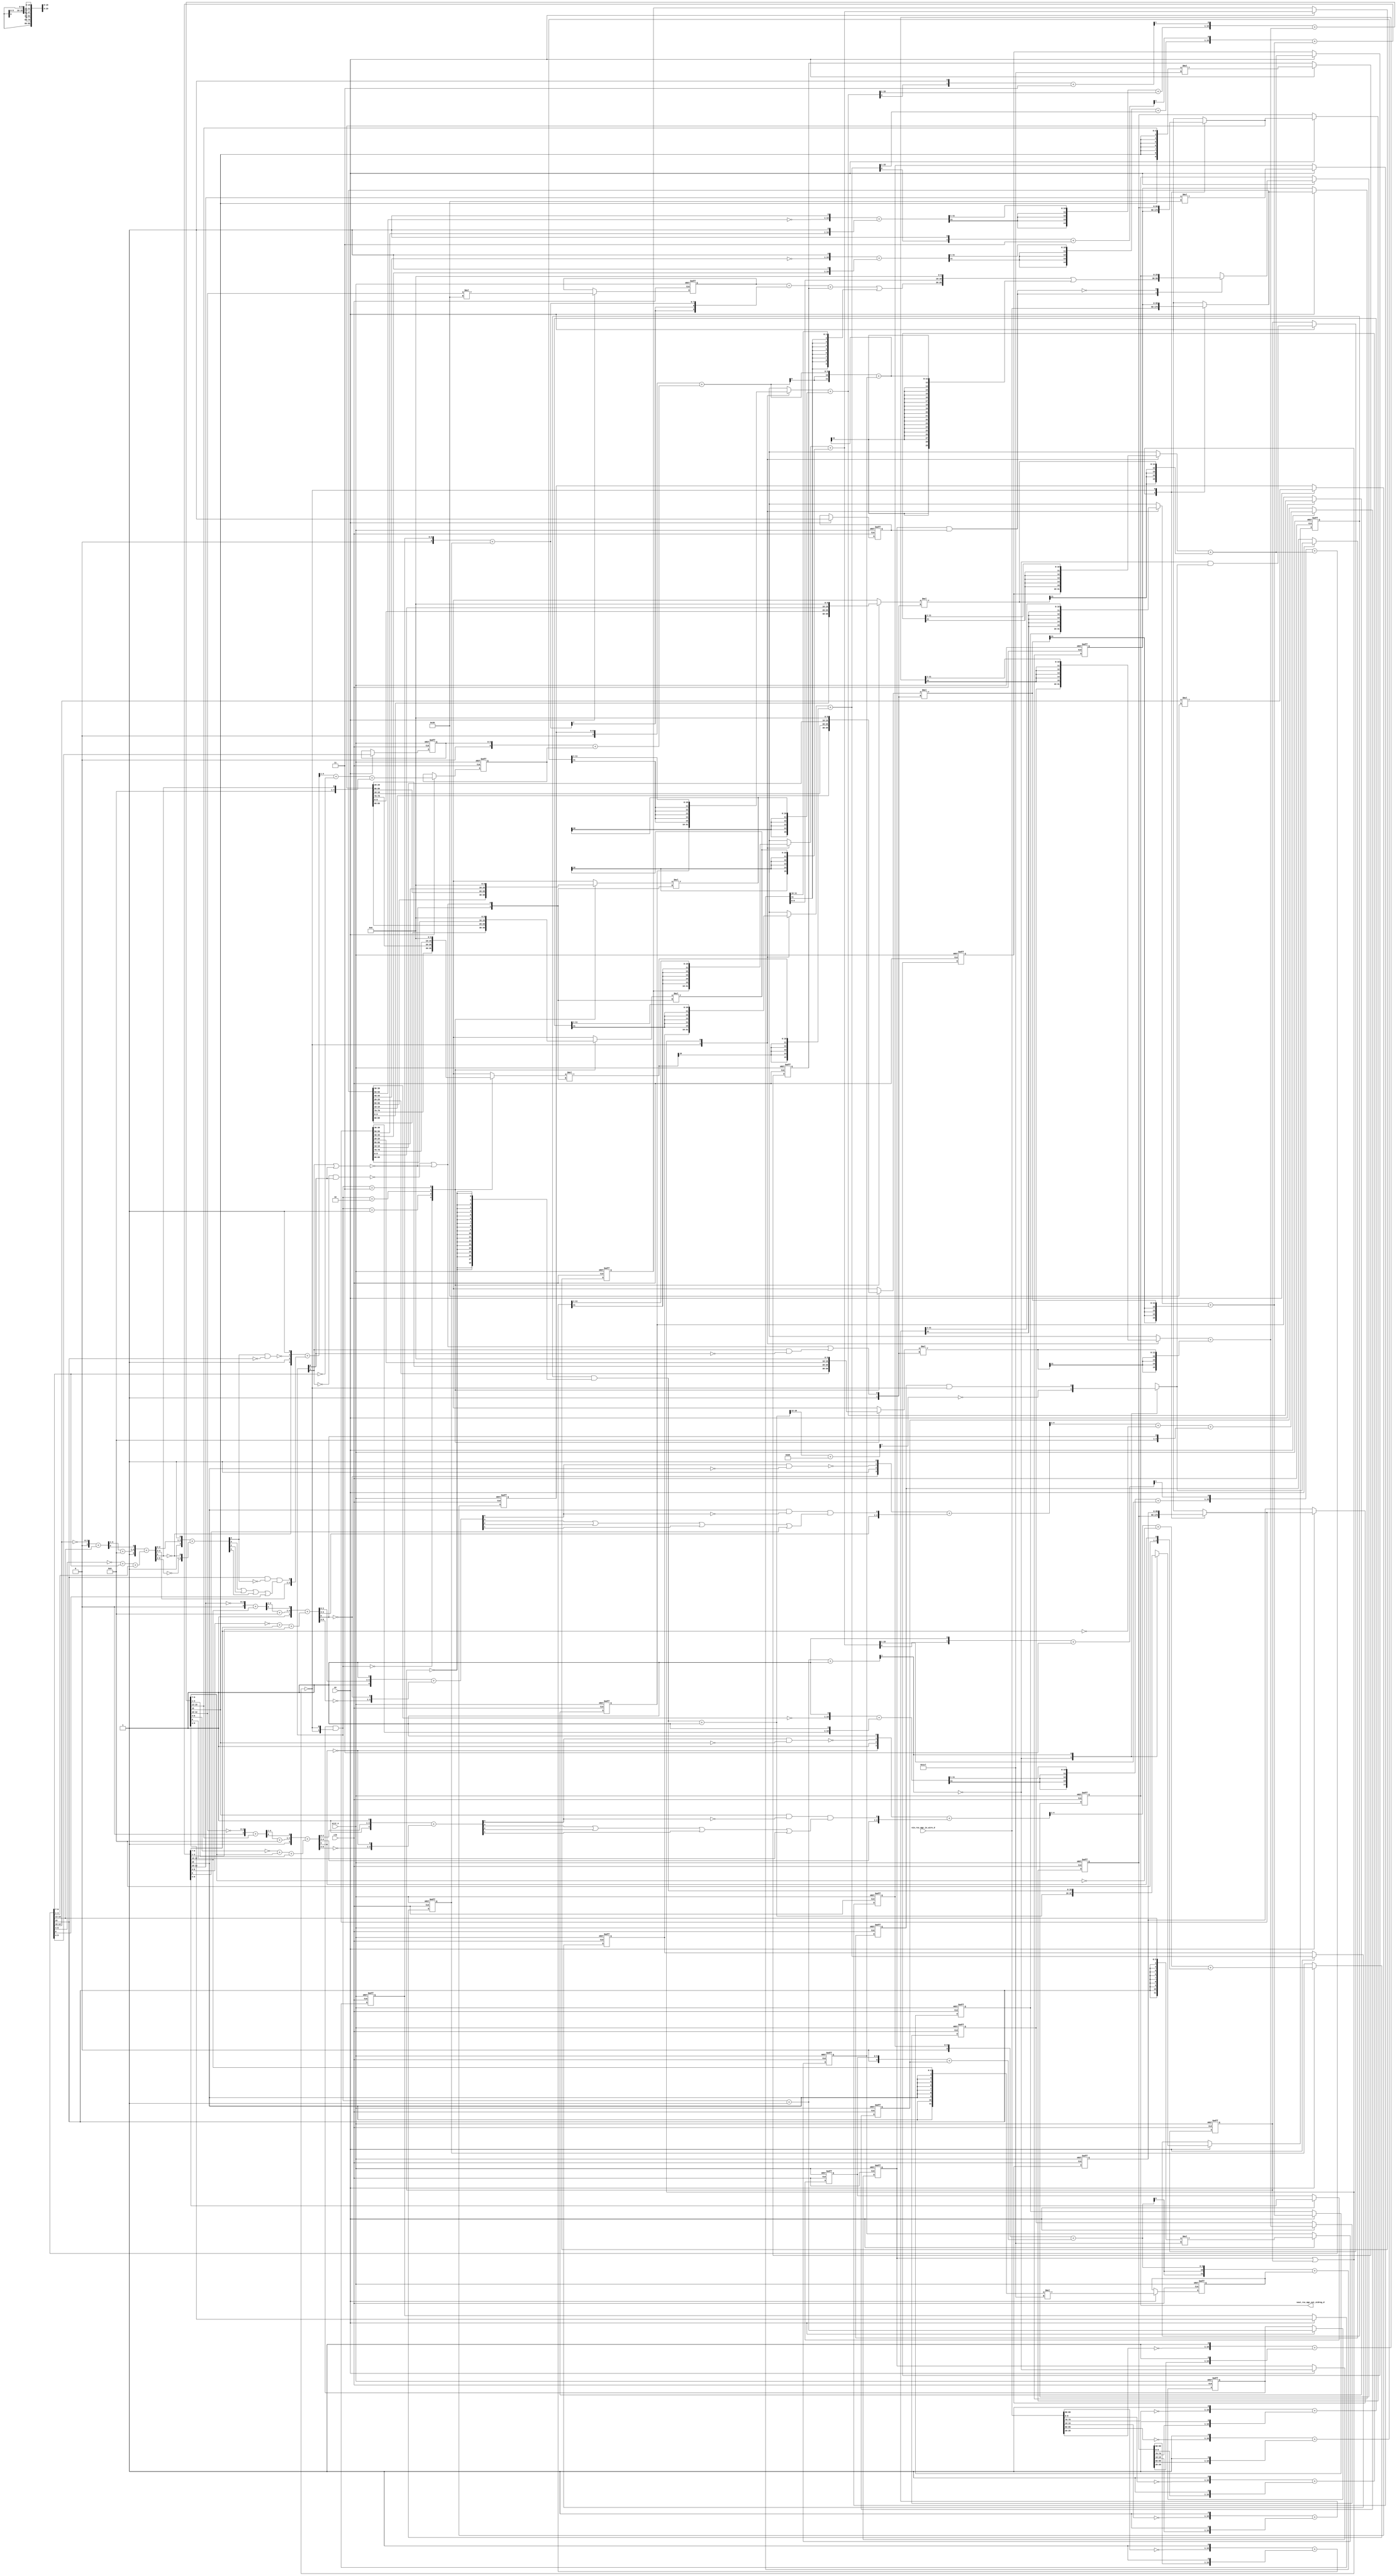
module sobel_core (
  clk, en, arst_n, vin_rsc_mgc_in_wire_d, vout_rsc_mgc_out_stdreg_d
);
  input clk;
  input en;
  input arst_n;
  input [89:0] vin_rsc_mgc_in_wire_d;
  output [29:0] vout_rsc_mgc_out_stdreg_d;
  reg [29:0] vout_rsc_mgc_out_stdreg_d;


  // Interconnect Declarations
  wire and_dcpl;
  reg [18:0] FRAME_p_1_lpi_1;
  reg [89:0] regs_regs_1_sva;
  reg [89:0] regs_regs_0_sva;
  reg exit_FRAME_1_sva;
  reg [89:0] regs_regs_2_lpi_1_dfm;
  reg [15:0] r_0_sva_1;
  reg [15:0] g_0_sva_1;
  reg [15:0] b_0_sva_1;
  reg [15:0] r_2_sva_1;
  reg [15:0] g_2_sva_1;
  reg [15:0] b_2_sva_1;
  reg [1:0] i_6_sva_1;
  reg exit_FRAME_lpi_1_dfm_1;
  reg [8:0] FRAME_mul_2_itm_1;
  wire [17:0] nl_FRAME_mul_2_itm_1;
  reg [5:0] FRAME_slc_green_10_itm_1;
  reg [4:0] FRAME_acc_25_itm_1;
  wire [6:0] nl_FRAME_acc_25_itm_1;
  reg [11:0] FRAME_mul_3_itm_1;
  wire [23:0] nl_FRAME_mul_3_itm_1;
  reg [8:0] FRAME_mul_itm_1;
  wire [17:0] nl_FRAME_mul_itm_1;
  reg [5:0] FRAME_slc_red_10_itm_1;
  reg [4:0] FRAME_acc_35_itm_1;
  wire [6:0] nl_FRAME_acc_35_itm_1;
  reg [9:0] FRAME_mul_1_itm_1;
  wire [19:0] nl_FRAME_mul_1_itm_1;
  reg [8:0] FRAME_mul_4_itm_1;
  wire [17:0] nl_FRAME_mul_4_itm_1;
  reg [5:0] FRAME_slc_blue_10_itm_1;
  reg [4:0] FRAME_acc_40_itm_1;
  wire [6:0] nl_FRAME_acc_40_itm_1;
  reg [11:0] FRAME_mul_5_itm_1;
  wire [23:0] nl_FRAME_mul_5_itm_1;
  reg exit_FRAME_for_sva_1_st_1;
  reg main_stage_0_2;
  wire [18:0] FRAME_p_1_sva_1;
  wire [19:0] nl_FRAME_p_1_sva_1;
  wire [1:0] FRAME_for_acc_itm;
  wire [2:0] nl_FRAME_for_acc_itm;
  wire [11:0] FRAME_acc_3_psp_sva;
  wire [12:0] nl_FRAME_acc_3_psp_sva;
  wire [1:0] i_6_sva_2;
  wire [2:0] nl_i_6_sva_2;
  wire [1:0] i_6_lpi_1_dfm;
  wire exit_FRAME_for_lpi_1_dfm;
  wire [89:0] regs_regs_2_lpi_1_dfm_mx0;
  wire [89:0] regs_regs_1_sva_dfm_mx0;
  wire [89:0] regs_regs_0_sva_dfm_mx0;
  wire exit_FRAME_lpi_1_dfm_1_mx0;
  wire [18:0] FRAME_p_1_lpi_1_dfm;
  wire [15:0] blue_2_sva;
  wire [16:0] nl_blue_2_sva;
  wire [5:0] FRAME_acc_11_psp_sva;
  wire [6:0] nl_FRAME_acc_11_psp_sva;
  wire [15:0] red_2_sva;
  wire [16:0] nl_red_2_sva;
  wire [5:0] FRAME_acc_7_psp_sva;
  wire [6:0] nl_FRAME_acc_7_psp_sva;
  wire [4:0] FRAME_acc_28_sdt;
  wire [5:0] nl_FRAME_acc_28_sdt;
  wire [15:0] green_2_sva;
  wire [16:0] nl_green_2_sva;
  wire [5:0] FRAME_acc_9_psp_sva;
  wire [6:0] nl_FRAME_acc_9_psp_sva;
  wire [4:0] FRAME_acc_18_sdt;
  wire [5:0] nl_FRAME_acc_18_sdt;
  wire [4:0] FRAME_acc_13_sdt;
  wire [5:0] nl_FRAME_acc_13_sdt;
  wire [15:0] b_2_sva_3;
  wire [16:0] nl_b_2_sva_3;
  wire [15:0] b_0_sva_3;
  wire [16:0] nl_b_0_sva_3;
  wire [15:0] g_2_sva_3;
  wire [16:0] nl_g_2_sva_3;
  wire [15:0] g_0_sva_3;
  wire [16:0] nl_g_0_sva_3;
  wire [15:0] r_2_sva_3;
  wire [16:0] nl_r_2_sva_3;
  wire [15:0] r_0_sva_3;
  wire [16:0] nl_r_0_sva_3;
  wire FRAME_for_nor_cse;
  wire [4:0] FRAME_acc_32_itm;
  wire [5:0] nl_FRAME_acc_32_itm;
  wire [4:0] FRAME_acc_17_itm;
  wire [5:0] nl_FRAME_acc_17_itm;
  wire [4:0] FRAME_acc_22_itm;
  wire [5:0] nl_FRAME_acc_22_itm;
  wire FRAME_for_or_4_itm;
  wire FRAME_for_or_3_itm;

  wire[15:0] FRAME_for_mux_10_nl;
  wire[9:0] regs_operator_17_mux_nl;
  wire[15:0] FRAME_for_mux_9_nl;
  wire[9:0] regs_operator_11_mux_nl;
  wire[15:0] FRAME_for_mux_8_nl;
  wire[9:0] regs_operator_16_mux_nl;
  wire[15:0] FRAME_for_mux_7_nl;
  wire[9:0] regs_operator_10_mux_nl;
  wire[15:0] FRAME_for_mux_6_nl;
  wire[9:0] regs_operator_15_mux_nl;
  wire[15:0] FRAME_for_mux_5_nl;
  wire[9:0] regs_operator_9_mux_nl;

  // Interconnect Declarations for Component Instantiations 
  assign nl_FRAME_acc_3_psp_sva = conv_s2s_10_12(conv_u2s_9_10(FRAME_mul_2_itm_1)
      + conv_s2s_8_10(conv_u2s_6_8(FRAME_slc_green_10_itm_1) + conv_s2s_5_8(FRAME_acc_25_itm_1)))
      + FRAME_mul_3_itm_1;
  assign FRAME_acc_3_psp_sva = nl_FRAME_acc_3_psp_sva[11:0];
  assign nl_FRAME_for_acc_itm = i_6_sva_2 + 2'b1;
  assign FRAME_for_acc_itm = nl_FRAME_for_acc_itm[1:0];
  assign nl_i_6_sva_2 = i_6_lpi_1_dfm + 2'b1;
  assign i_6_sva_2 = nl_i_6_sva_2[1:0];
  assign i_6_lpi_1_dfm = i_6_sva_1 & (signext_2_1(~ exit_FRAME_for_lpi_1_dfm));
  assign exit_FRAME_for_lpi_1_dfm = exit_FRAME_for_sva_1_st_1 | exit_FRAME_1_sva;
  assign regs_regs_2_lpi_1_dfm_mx0 = MUX_v_90_2_2({regs_regs_1_sva , regs_regs_2_lpi_1_dfm},
      and_dcpl);
  assign regs_regs_1_sva_dfm_mx0 = MUX_v_90_2_2({regs_regs_0_sva , regs_regs_1_sva},
      and_dcpl);
  assign regs_regs_0_sva_dfm_mx0 = MUX_v_90_2_2({vin_rsc_mgc_in_wire_d , regs_regs_0_sva},
      and_dcpl);
  assign exit_FRAME_lpi_1_dfm_1_mx0 = MUX_s_1_2_2({(~ (readslicef_8_1_7((conv_u2s_7_8(FRAME_p_1_sva_1[18:12])
      + 8'b10110101)))) , (exit_FRAME_lpi_1_dfm_1 & (~ exit_FRAME_for_lpi_1_dfm))},
      FRAME_for_acc_itm[1]);
  assign nl_FRAME_p_1_sva_1 = FRAME_p_1_lpi_1_dfm + 19'b1;
  assign FRAME_p_1_sva_1 = nl_FRAME_p_1_sva_1[18:0];
  assign FRAME_p_1_lpi_1_dfm = FRAME_p_1_lpi_1 & (signext_19_1(~ exit_FRAME_1_sva));
  assign nl_blue_2_sva = ({(conv_s2u_11_15(readslicef_12_11_1((conv_s2s_11_12({(~
      (regs_regs_0_sva_dfm_mx0[39:30])) , 1'b1}) + conv_s2s_11_12({(regs_regs_2_lpi_1_dfm_mx0[39:30])
      , 1'b1})))) + (b_2_sva_3[15:1])) , (readslicef_2_1_1((({(b_2_sva_3[0]) , 1'b1})
      + 2'b11)))}) + b_0_sva_3;
  assign blue_2_sva = nl_blue_2_sva[15:0];
  assign nl_FRAME_acc_11_psp_sva = ({1'b1 , ((FRAME_acc_28_sdt[4:1]) + 4'b1001) ,
      (FRAME_acc_28_sdt[0])}) + conv_u2u_5_6(conv_u2u_4_5(conv_u2u_3_4(~ (blue_2_sva[6:4]))
      + conv_u2u_3_4(blue_2_sva[9:7])) + conv_u2u_3_5(blue_2_sva[3:1]));
  assign FRAME_acc_11_psp_sva = nl_FRAME_acc_11_psp_sva[5:0];
  assign nl_FRAME_acc_32_itm = ({1'b1 , (FRAME_acc_11_psp_sva[2:0]) , 1'b1}) + conv_u2u_4_5({(~
      (FRAME_acc_11_psp_sva[5:3])) , (~ (FRAME_acc_11_psp_sva[5]))});
  assign FRAME_acc_32_itm = nl_FRAME_acc_32_itm[4:0];
  assign nl_red_2_sva = ({(conv_s2u_11_15(readslicef_12_11_1((conv_s2s_11_12({(~
      (regs_regs_0_sva_dfm_mx0[59:50])) , 1'b1}) + conv_s2s_11_12({(regs_regs_2_lpi_1_dfm_mx0[59:50])
      , 1'b1})))) + (r_2_sva_3[15:1])) , (readslicef_2_1_1((({(r_2_sva_3[0]) , 1'b1})
      + 2'b11)))}) + r_0_sva_3;
  assign red_2_sva = nl_red_2_sva[15:0];
  assign nl_FRAME_acc_7_psp_sva = ({1'b1 , ((FRAME_acc_13_sdt[4:1]) + 4'b1001) ,
      (FRAME_acc_13_sdt[0])}) + conv_u2u_5_6(conv_u2u_4_5(conv_u2u_3_4(~ (red_2_sva[6:4]))
      + conv_u2u_3_4(red_2_sva[9:7])) + conv_u2u_3_5(red_2_sva[3:1]));
  assign FRAME_acc_7_psp_sva = nl_FRAME_acc_7_psp_sva[5:0];
  assign nl_FRAME_acc_17_itm = ({1'b1 , (FRAME_acc_7_psp_sva[2:0]) , 1'b1}) + conv_u2u_4_5({(~
      (FRAME_acc_7_psp_sva[5:3])) , (~ (FRAME_acc_7_psp_sva[5]))});
  assign FRAME_acc_17_itm = nl_FRAME_acc_17_itm[4:0];
  assign nl_FRAME_acc_28_sdt = conv_u2s_3_5(~ (blue_2_sva[12:10])) + conv_s2s_3_5(blue_2_sva[15:13]);
  assign FRAME_acc_28_sdt = nl_FRAME_acc_28_sdt[4:0];
  assign nl_green_2_sva = ({(conv_s2u_11_15(readslicef_12_11_1((conv_s2s_11_12({(~
      (regs_regs_0_sva_dfm_mx0[49:40])) , 1'b1}) + conv_s2s_11_12({(regs_regs_2_lpi_1_dfm_mx0[49:40])
      , 1'b1})))) + (g_2_sva_3[15:1])) , (readslicef_2_1_1((({(g_2_sva_3[0]) , 1'b1})
      + 2'b11)))}) + g_0_sva_3;
  assign green_2_sva = nl_green_2_sva[15:0];
  assign nl_FRAME_acc_9_psp_sva = ({1'b1 , ((FRAME_acc_18_sdt[4:1]) + 4'b1001) ,
      (FRAME_acc_18_sdt[0])}) + conv_u2u_5_6(conv_u2u_4_5(conv_u2u_3_4(~ (green_2_sva[6:4]))
      + conv_u2u_3_4(green_2_sva[9:7])) + conv_u2u_3_5(green_2_sva[3:1]));
  assign FRAME_acc_9_psp_sva = nl_FRAME_acc_9_psp_sva[5:0];
  assign nl_FRAME_acc_22_itm = ({1'b1 , (FRAME_acc_9_psp_sva[2:0]) , 1'b1}) + conv_u2u_4_5({(~
      (FRAME_acc_9_psp_sva[5:3])) , (~ (FRAME_acc_9_psp_sva[5]))});
  assign FRAME_acc_22_itm = nl_FRAME_acc_22_itm[4:0];
  assign nl_FRAME_acc_18_sdt = conv_u2s_3_5(~ (green_2_sva[12:10])) + conv_s2s_3_5(green_2_sva[15:13]);
  assign FRAME_acc_18_sdt = nl_FRAME_acc_18_sdt[4:0];
  assign nl_FRAME_acc_13_sdt = conv_u2s_3_5(~ (red_2_sva[12:10])) + conv_s2s_3_5(red_2_sva[15:13]);
  assign FRAME_acc_13_sdt = nl_FRAME_acc_13_sdt[4:0];
  assign FRAME_for_mux_10_nl = MUX_v_16_2_2({b_2_sva_1 , (signext_16_11(readslicef_12_11_1((conv_s2s_11_12({(~
      (vin_rsc_mgc_in_wire_d[69:60])) , 1'b1}) + conv_s2s_11_12({(regs_regs_1_sva[69:60])
      , 1'b1})))))}, exit_FRAME_for_lpi_1_dfm);
  assign regs_operator_17_mux_nl = MUX_v_10_4_2({(regs_regs_0_sva_dfm_mx0[69:60])
      , (regs_regs_1_sva_dfm_mx0[69:60]) , (regs_regs_2_lpi_1_dfm_mx0[69:60]) , 10'b0},
      i_6_lpi_1_dfm);
  assign nl_b_2_sva_3 = (FRAME_for_mux_10_nl) + conv_s2s_11_16(conv_s2s_22_11(conv_s2s_10_11(regs_operator_17_mux_nl)
      * conv_s2s_2_11({FRAME_for_nor_cse , FRAME_for_or_4_itm})));
  assign b_2_sva_3 = nl_b_2_sva_3[15:0];
  assign FRAME_for_mux_9_nl = MUX_v_16_2_2({b_0_sva_1 , (signext_16_11(readslicef_12_11_1((conv_s2s_11_12({(~
      (vin_rsc_mgc_in_wire_d[9:0])) , 1'b1}) + conv_s2s_11_12({(regs_regs_1_sva[9:0])
      , 1'b1})))))}, exit_FRAME_for_lpi_1_dfm);
  assign regs_operator_11_mux_nl = MUX_v_10_4_2({(regs_regs_0_sva_dfm_mx0[9:0]) ,
      (regs_regs_1_sva_dfm_mx0[9:0]) , (regs_regs_2_lpi_1_dfm_mx0[9:0]) , 10'b0},
      i_6_lpi_1_dfm);
  assign nl_b_0_sva_3 = (FRAME_for_mux_9_nl) + conv_s2s_12_16(conv_s2s_24_12(conv_s2s_10_12(regs_operator_11_mux_nl)
      * conv_s2s_2_12({1'b1 , FRAME_for_or_3_itm})));
  assign b_0_sva_3 = nl_b_0_sva_3[15:0];
  assign FRAME_for_mux_8_nl = MUX_v_16_2_2({g_2_sva_1 , (signext_16_11(readslicef_12_11_1((conv_s2s_11_12({(~
      (vin_rsc_mgc_in_wire_d[79:70])) , 1'b1}) + conv_s2s_11_12({(regs_regs_1_sva[79:70])
      , 1'b1})))))}, exit_FRAME_for_lpi_1_dfm);
  assign regs_operator_16_mux_nl = MUX_v_10_4_2({(regs_regs_0_sva_dfm_mx0[79:70])
      , (regs_regs_1_sva_dfm_mx0[79:70]) , (regs_regs_2_lpi_1_dfm_mx0[79:70]) , 10'b0},
      i_6_lpi_1_dfm);
  assign nl_g_2_sva_3 = (FRAME_for_mux_8_nl) + conv_s2s_11_16(conv_s2s_22_11(conv_s2s_10_11(regs_operator_16_mux_nl)
      * conv_s2s_2_11({FRAME_for_nor_cse , FRAME_for_or_4_itm})));
  assign g_2_sva_3 = nl_g_2_sva_3[15:0];
  assign FRAME_for_mux_7_nl = MUX_v_16_2_2({g_0_sva_1 , (signext_16_11(readslicef_12_11_1((conv_s2s_11_12({(~
      (vin_rsc_mgc_in_wire_d[19:10])) , 1'b1}) + conv_s2s_11_12({(regs_regs_1_sva[19:10])
      , 1'b1})))))}, exit_FRAME_for_lpi_1_dfm);
  assign regs_operator_10_mux_nl = MUX_v_10_4_2({(regs_regs_0_sva_dfm_mx0[19:10])
      , (regs_regs_1_sva_dfm_mx0[19:10]) , (regs_regs_2_lpi_1_dfm_mx0[19:10]) , 10'b0},
      i_6_lpi_1_dfm);
  assign nl_g_0_sva_3 = (FRAME_for_mux_7_nl) + conv_s2s_12_16(conv_s2s_24_12(conv_s2s_10_12(regs_operator_10_mux_nl)
      * conv_s2s_2_12({1'b1 , FRAME_for_or_3_itm})));
  assign g_0_sva_3 = nl_g_0_sva_3[15:0];
  assign FRAME_for_mux_6_nl = MUX_v_16_2_2({r_2_sva_1 , (signext_16_11(readslicef_12_11_1((conv_s2s_11_12({(~
      (vin_rsc_mgc_in_wire_d[89:80])) , 1'b1}) + conv_s2s_11_12({(regs_regs_1_sva[89:80])
      , 1'b1})))))}, exit_FRAME_for_lpi_1_dfm);
  assign regs_operator_15_mux_nl = MUX_v_10_4_2({(regs_regs_0_sva_dfm_mx0[89:80])
      , (regs_regs_1_sva_dfm_mx0[89:80]) , (regs_regs_2_lpi_1_dfm_mx0[89:80]) , 10'b0},
      i_6_lpi_1_dfm);
  assign nl_r_2_sva_3 = (FRAME_for_mux_6_nl) + conv_s2s_11_16(conv_s2s_22_11(conv_s2s_10_11(regs_operator_15_mux_nl)
      * conv_s2s_2_11({FRAME_for_nor_cse , FRAME_for_or_4_itm})));
  assign r_2_sva_3 = nl_r_2_sva_3[15:0];
  assign FRAME_for_mux_5_nl = MUX_v_16_2_2({r_0_sva_1 , (signext_16_11(readslicef_12_11_1((conv_s2s_11_12({(~
      (vin_rsc_mgc_in_wire_d[29:20])) , 1'b1}) + conv_s2s_11_12({(regs_regs_1_sva[29:20])
      , 1'b1})))))}, exit_FRAME_for_lpi_1_dfm);
  assign regs_operator_9_mux_nl = MUX_v_10_4_2({(regs_regs_0_sva_dfm_mx0[29:20])
      , (regs_regs_1_sva_dfm_mx0[29:20]) , (regs_regs_2_lpi_1_dfm_mx0[29:20]) , 10'b0},
      i_6_lpi_1_dfm);
  assign nl_r_0_sva_3 = (FRAME_for_mux_5_nl) + conv_s2s_12_16(conv_s2s_24_12(conv_s2s_10_12(regs_operator_9_mux_nl)
      * conv_s2s_2_12({1'b1 , FRAME_for_or_3_itm})));
  assign r_0_sva_3 = nl_r_0_sva_3[15:0];
  assign FRAME_for_nor_cse = ~((i_6_lpi_1_dfm[1]) | (i_6_lpi_1_dfm[0]));
  assign FRAME_for_or_4_itm = (~((~ (i_6_lpi_1_dfm[1])) & (i_6_lpi_1_dfm[0]))) |
      FRAME_for_nor_cse;
  assign FRAME_for_or_3_itm = (~((i_6_lpi_1_dfm[0]) & (~ (i_6_lpi_1_dfm[1])))) |
      FRAME_for_nor_cse | ((i_6_lpi_1_dfm[1]) & (~ (i_6_lpi_1_dfm[0])));
  assign and_dcpl = ~(exit_FRAME_for_sva_1_st_1 | exit_FRAME_1_sva);
  always @(posedge clk or negedge arst_n) begin
    if ( ~ arst_n ) begin
      vout_rsc_mgc_out_stdreg_d <= 30'b0;
      FRAME_mul_itm_1 <= 9'b0;
      FRAME_slc_red_10_itm_1 <= 6'b0;
      FRAME_acc_35_itm_1 <= 5'b0;
      FRAME_mul_1_itm_1 <= 10'b0;
      FRAME_mul_4_itm_1 <= 9'b0;
      FRAME_slc_blue_10_itm_1 <= 6'b0;
      FRAME_acc_40_itm_1 <= 5'b0;
      FRAME_mul_5_itm_1 <= 12'b0;
      FRAME_mul_2_itm_1 <= 9'b0;
      FRAME_slc_green_10_itm_1 <= 6'b0;
      FRAME_acc_25_itm_1 <= 5'b0;
      FRAME_mul_3_itm_1 <= 12'b0;
      exit_FRAME_for_sva_1_st_1 <= 1'b0;
      i_6_sva_1 <= 2'b0;
      exit_FRAME_1_sva <= 1'b1;
      main_stage_0_2 <= 1'b0;
      regs_regs_2_lpi_1_dfm <= 90'b0;
      regs_regs_1_sva <= 90'b0;
      regs_regs_0_sva <= 90'b0;
      exit_FRAME_lpi_1_dfm_1 <= 1'b0;
      b_2_sva_1 <= 16'b0;
      b_0_sva_1 <= 16'b0;
      g_2_sva_1 <= 16'b0;
      g_0_sva_1 <= 16'b0;
      r_2_sva_1 <= 16'b0;
      r_0_sva_1 <= 16'b0;
      FRAME_p_1_lpi_1 <= 19'b0;
    end
    else begin
      if ( en ) begin
        vout_rsc_mgc_out_stdreg_d <= MUX_v_30_2_2({(({(((conv_u2s_9_10(FRAME_mul_itm_1)
            + conv_s2s_8_10(conv_u2s_6_8(FRAME_slc_red_10_itm_1) + conv_s2s_5_8(FRAME_acc_35_itm_1)))
            + FRAME_mul_1_itm_1) | (signext_10_2(FRAME_acc_3_psp_sva[11:10]))) ,
            (FRAME_acc_3_psp_sva[9:0]) , 10'b0}) | (signext_30_12(conv_s2s_10_12(conv_u2s_9_10(FRAME_mul_4_itm_1)
            + conv_s2s_8_10(conv_u2s_6_8(FRAME_slc_blue_10_itm_1) + conv_s2s_5_8(FRAME_acc_40_itm_1)))
            + FRAME_mul_5_itm_1))) , vout_rsc_mgc_out_stdreg_d}, ~(exit_FRAME_for_sva_1_st_1
            & main_stage_0_2));
        FRAME_mul_itm_1 <= nl_FRAME_mul_itm_1[8:0];
        FRAME_slc_red_10_itm_1 <= red_2_sva[9:4];
        FRAME_acc_35_itm_1 <= nl_FRAME_acc_35_itm_1[4:0];
        FRAME_mul_1_itm_1 <= nl_FRAME_mul_1_itm_1[9:0];
        FRAME_mul_4_itm_1 <= nl_FRAME_mul_4_itm_1[8:0];
        FRAME_slc_blue_10_itm_1 <= blue_2_sva[9:4];
        FRAME_acc_40_itm_1 <= nl_FRAME_acc_40_itm_1[4:0];
        FRAME_mul_5_itm_1 <= nl_FRAME_mul_5_itm_1[11:0];
        FRAME_mul_2_itm_1 <= nl_FRAME_mul_2_itm_1[8:0];
        FRAME_slc_green_10_itm_1 <= green_2_sva[9:4];
        FRAME_acc_25_itm_1 <= nl_FRAME_acc_25_itm_1[4:0];
        FRAME_mul_3_itm_1 <= nl_FRAME_mul_3_itm_1[11:0];
        exit_FRAME_for_sva_1_st_1 <= ~ (FRAME_for_acc_itm[1]);
        i_6_sva_1 <= i_6_sva_2;
        exit_FRAME_1_sva <= (~ (FRAME_for_acc_itm[1])) & exit_FRAME_lpi_1_dfm_1_mx0;
        main_stage_0_2 <= 1'b1;
        regs_regs_2_lpi_1_dfm <= regs_regs_2_lpi_1_dfm_mx0;
        regs_regs_1_sva <= regs_regs_1_sva_dfm_mx0;
        regs_regs_0_sva <= regs_regs_0_sva_dfm_mx0;
        exit_FRAME_lpi_1_dfm_1 <= exit_FRAME_lpi_1_dfm_1_mx0;
        b_2_sva_1 <= b_2_sva_3;
        b_0_sva_1 <= b_0_sva_3;
        g_2_sva_1 <= g_2_sva_3;
        g_0_sva_1 <= g_0_sva_3;
        r_2_sva_1 <= r_2_sva_3;
        r_0_sva_1 <= r_0_sva_3;
        FRAME_p_1_lpi_1 <= MUX_v_19_2_2({FRAME_p_1_sva_1 , FRAME_p_1_lpi_1_dfm},
            FRAME_for_acc_itm[1]);
      end
    end
  end
  assign nl_FRAME_mul_itm_1  = conv_u2u_3_9(red_2_sva[12:10]) * 9'b111001;
  assign nl_FRAME_acc_35_itm_1  = (conv_u2u_4_5(readslicef_5_4_1((conv_u2u_4_5({(~
      (FRAME_acc_7_psp_sva[5])) , 1'b1 , (~((FRAME_acc_17_itm[4]) & (~ (red_2_sva[15]))))
      , 1'b1}) + conv_u2u_3_5({(FRAME_acc_7_psp_sva[4:3]) , ((red_2_sva[15]) & (~
      (FRAME_acc_17_itm[4])) & ((FRAME_acc_17_itm[3]) | (FRAME_acc_17_itm[2]) | (FRAME_acc_17_itm[1])
      | (red_2_sva[0])))})))) + conv_u2u_3_5(~ (red_2_sva[9:7]))) + ({4'b1001 , (FRAME_acc_7_psp_sva[5])});
  assign nl_FRAME_mul_1_itm_1  = conv_s2s_3_10(red_2_sva[15:13]) * 10'b111000111;
  assign nl_FRAME_mul_4_itm_1  = conv_u2u_3_9(blue_2_sva[12:10]) * 9'b111001;
  assign nl_FRAME_acc_40_itm_1  = (conv_u2u_4_5(readslicef_5_4_1((conv_u2u_4_5({(~
      (FRAME_acc_11_psp_sva[5])) , 1'b1 , (~((FRAME_acc_32_itm[4]) & (~ (blue_2_sva[15]))))
      , 1'b1}) + conv_u2u_3_5({(FRAME_acc_11_psp_sva[4:3]) , ((blue_2_sva[15]) &
      (~ (FRAME_acc_32_itm[4])) & ((FRAME_acc_32_itm[3]) | (FRAME_acc_32_itm[2])
      | (FRAME_acc_32_itm[1]) | (blue_2_sva[0])))})))) + conv_u2u_3_5(~ (blue_2_sva[9:7])))
      + ({4'b1001 , (FRAME_acc_11_psp_sva[5])});
  assign nl_FRAME_mul_5_itm_1  = conv_s2s_3_12(blue_2_sva[15:13]) * 12'b111000111;
  assign nl_FRAME_mul_2_itm_1  = conv_u2u_3_9(green_2_sva[12:10]) * 9'b111001;
  assign nl_FRAME_acc_25_itm_1  = (conv_u2u_4_5(readslicef_5_4_1((conv_u2u_4_5({(~
      (FRAME_acc_9_psp_sva[5])) , 1'b1 , (~((FRAME_acc_22_itm[4]) & (~ (green_2_sva[15]))))
      , 1'b1}) + conv_u2u_3_5({(FRAME_acc_9_psp_sva[4:3]) , ((green_2_sva[15]) &
      (~ (FRAME_acc_22_itm[4])) & ((FRAME_acc_22_itm[3]) | (FRAME_acc_22_itm[2])
      | (FRAME_acc_22_itm[1]) | (green_2_sva[0])))})))) + conv_u2u_3_5(~ (green_2_sva[9:7])))
      + ({4'b1001 , (FRAME_acc_9_psp_sva[5])});
  assign nl_FRAME_mul_3_itm_1  = conv_s2s_3_12(green_2_sva[15:13]) * 12'b111000111;

  function [1:0] signext_2_1;
    input [0:0] vector;
  begin
    signext_2_1= {{1{vector[0]}}, vector};
  end
  endfunction


  function [89:0] MUX_v_90_2_2;
    input [179:0] inputs;
    input [0:0] sel;
    reg [89:0] result;
  begin
    case (sel)
      1'b0 : begin
        result = inputs[179:90];
      end
      1'b1 : begin
        result = inputs[89:0];
      end
      default : begin
        result = inputs[179:90];
      end
    endcase
    MUX_v_90_2_2 = result;
  end
  endfunction


  function [0:0] MUX_s_1_2_2;
    input [1:0] inputs;
    input [0:0] sel;
    reg [0:0] result;
  begin
    case (sel)
      1'b0 : begin
        result = inputs[1:1];
      end
      1'b1 : begin
        result = inputs[0:0];
      end
      default : begin
        result = inputs[1:1];
      end
    endcase
    MUX_s_1_2_2 = result;
  end
  endfunction


  function [0:0] readslicef_8_1_7;
    input [7:0] vector;
    reg [7:0] tmp;
  begin
    tmp = vector >> 7;
    readslicef_8_1_7 = tmp[0:0];
  end
  endfunction


  function [18:0] signext_19_1;
    input [0:0] vector;
  begin
    signext_19_1= {{18{vector[0]}}, vector};
  end
  endfunction


  function [10:0] readslicef_12_11_1;
    input [11:0] vector;
    reg [11:0] tmp;
  begin
    tmp = vector >> 1;
    readslicef_12_11_1 = tmp[10:0];
  end
  endfunction


  function [0:0] readslicef_2_1_1;
    input [1:0] vector;
    reg [1:0] tmp;
  begin
    tmp = vector >> 1;
    readslicef_2_1_1 = tmp[0:0];
  end
  endfunction


  function [15:0] MUX_v_16_2_2;
    input [31:0] inputs;
    input [0:0] sel;
    reg [15:0] result;
  begin
    case (sel)
      1'b0 : begin
        result = inputs[31:16];
      end
      1'b1 : begin
        result = inputs[15:0];
      end
      default : begin
        result = inputs[31:16];
      end
    endcase
    MUX_v_16_2_2 = result;
  end
  endfunction


  function [15:0] signext_16_11;
    input [10:0] vector;
  begin
    signext_16_11= {{5{vector[10]}}, vector};
  end
  endfunction


  function [9:0] MUX_v_10_4_2;
    input [39:0] inputs;
    input [1:0] sel;
    reg [9:0] result;
  begin
    case (sel)
      2'b00 : begin
        result = inputs[39:30];
      end
      2'b01 : begin
        result = inputs[29:20];
      end
      2'b10 : begin
        result = inputs[19:10];
      end
      2'b11 : begin
        result = inputs[9:0];
      end
      default : begin
        result = inputs[39:30];
      end
    endcase
    MUX_v_10_4_2 = result;
  end
  endfunction


  function [29:0] MUX_v_30_2_2;
    input [59:0] inputs;
    input [0:0] sel;
    reg [29:0] result;
  begin
    case (sel)
      1'b0 : begin
        result = inputs[59:30];
      end
      1'b1 : begin
        result = inputs[29:0];
      end
      default : begin
        result = inputs[59:30];
      end
    endcase
    MUX_v_30_2_2 = result;
  end
  endfunction


  function [9:0] signext_10_2;
    input [1:0] vector;
  begin
    signext_10_2= {{8{vector[1]}}, vector};
  end
  endfunction


  function [29:0] signext_30_12;
    input [11:0] vector;
  begin
    signext_30_12= {{18{vector[11]}}, vector};
  end
  endfunction


  function [18:0] MUX_v_19_2_2;
    input [37:0] inputs;
    input [0:0] sel;
    reg [18:0] result;
  begin
    case (sel)
      1'b0 : begin
        result = inputs[37:19];
      end
      1'b1 : begin
        result = inputs[18:0];
      end
      default : begin
        result = inputs[37:19];
      end
    endcase
    MUX_v_19_2_2 = result;
  end
  endfunction


  function [3:0] readslicef_5_4_1;
    input [4:0] vector;
    reg [4:0] tmp;
  begin
    tmp = vector >> 1;
    readslicef_5_4_1 = tmp[3:0];
  end
  endfunction


  function signed [11:0] conv_s2s_10_12 ;
    input signed [9:0]  vector ;
  begin
    conv_s2s_10_12 = {{2{vector[9]}}, vector};
  end
  endfunction


  function signed [9:0] conv_u2s_9_10 ;
    input [8:0]  vector ;
  begin
    conv_u2s_9_10 = {1'b0, vector};
  end
  endfunction


  function signed [9:0] conv_s2s_8_10 ;
    input signed [7:0]  vector ;
  begin
    conv_s2s_8_10 = {{2{vector[7]}}, vector};
  end
  endfunction


  function signed [7:0] conv_u2s_6_8 ;
    input [5:0]  vector ;
  begin
    conv_u2s_6_8 = {{2{1'b0}}, vector};
  end
  endfunction


  function signed [7:0] conv_s2s_5_8 ;
    input signed [4:0]  vector ;
  begin
    conv_s2s_5_8 = {{3{vector[4]}}, vector};
  end
  endfunction


  function signed [7:0] conv_u2s_7_8 ;
    input [6:0]  vector ;
  begin
    conv_u2s_7_8 = {1'b0, vector};
  end
  endfunction


  function  [14:0] conv_s2u_11_15 ;
    input signed [10:0]  vector ;
  begin
    conv_s2u_11_15 = {{4{vector[10]}}, vector};
  end
  endfunction


  function signed [11:0] conv_s2s_11_12 ;
    input signed [10:0]  vector ;
  begin
    conv_s2s_11_12 = {vector[10], vector};
  end
  endfunction


  function  [5:0] conv_u2u_5_6 ;
    input [4:0]  vector ;
  begin
    conv_u2u_5_6 = {1'b0, vector};
  end
  endfunction


  function  [4:0] conv_u2u_4_5 ;
    input [3:0]  vector ;
  begin
    conv_u2u_4_5 = {1'b0, vector};
  end
  endfunction


  function  [3:0] conv_u2u_3_4 ;
    input [2:0]  vector ;
  begin
    conv_u2u_3_4 = {1'b0, vector};
  end
  endfunction


  function  [4:0] conv_u2u_3_5 ;
    input [2:0]  vector ;
  begin
    conv_u2u_3_5 = {{2{1'b0}}, vector};
  end
  endfunction


  function signed [4:0] conv_u2s_3_5 ;
    input [2:0]  vector ;
  begin
    conv_u2s_3_5 = {{2{1'b0}}, vector};
  end
  endfunction


  function signed [4:0] conv_s2s_3_5 ;
    input signed [2:0]  vector ;
  begin
    conv_s2s_3_5 = {{2{vector[2]}}, vector};
  end
  endfunction


  function signed [15:0] conv_s2s_11_16 ;
    input signed [10:0]  vector ;
  begin
    conv_s2s_11_16 = {{5{vector[10]}}, vector};
  end
  endfunction


  function signed [10:0] conv_s2s_22_11 ;
    input signed [21:0]  vector ;
  begin
    conv_s2s_22_11 = vector[10:0];
  end
  endfunction


  function signed [10:0] conv_s2s_10_11 ;
    input signed [9:0]  vector ;
  begin
    conv_s2s_10_11 = {vector[9], vector};
  end
  endfunction


  function signed [10:0] conv_s2s_2_11 ;
    input signed [1:0]  vector ;
  begin
    conv_s2s_2_11 = {{9{vector[1]}}, vector};
  end
  endfunction


  function signed [15:0] conv_s2s_12_16 ;
    input signed [11:0]  vector ;
  begin
    conv_s2s_12_16 = {{4{vector[11]}}, vector};
  end
  endfunction


  function signed [11:0] conv_s2s_24_12 ;
    input signed [23:0]  vector ;
  begin
    conv_s2s_24_12 = vector[11:0];
  end
  endfunction


  function signed [11:0] conv_s2s_2_12 ;
    input signed [1:0]  vector ;
  begin
    conv_s2s_2_12 = {{10{vector[1]}}, vector};
  end
  endfunction


  function  [8:0] conv_u2u_3_9 ;
    input [2:0]  vector ;
  begin
    conv_u2u_3_9 = {{6{1'b0}}, vector};
  end
  endfunction


  function signed [9:0] conv_s2s_3_10 ;
    input signed [2:0]  vector ;
  begin
    conv_s2s_3_10 = {{7{vector[2]}}, vector};
  end
  endfunction


  function signed [11:0] conv_s2s_3_12 ;
    input signed [2:0]  vector ;
  begin
    conv_s2s_3_12 = {{9{vector[2]}}, vector};
  end
  endfunction

endmodule
module sobel (
  vin_rsc_z, vout_rsc_z, clk, en, arst_n
);
  input [89:0] vin_rsc_z;
  output [29:0] vout_rsc_z;
  input clk;
  input en;
  input arst_n;


  // Interconnect Declarations
  wire [89:0] vin_rsc_mgc_in_wire_d;
  wire [29:0] vout_rsc_mgc_out_stdreg_d;


  // Interconnect Declarations for Component Instantiations 
  mgc_in_wire #(.rscid(1),
  .width(90)) vin_rsc_mgc_in_wire (
      .d(vin_rsc_mgc_in_wire_d),
      .z(vin_rsc_z)
    );
  mgc_out_stdreg #(.rscid(2),
  .width(30)) vout_rsc_mgc_out_stdreg (
      .d(vout_rsc_mgc_out_stdreg_d),
      .z(vout_rsc_z)
    );
  sobel_core sobel_core_inst (
      .clk(clk),
      .en(en),
      .arst_n(arst_n),
      .vin_rsc_mgc_in_wire_d(vin_rsc_mgc_in_wire_d),
      .vout_rsc_mgc_out_stdreg_d(vout_rsc_mgc_out_stdreg_d)
    );
endmodule